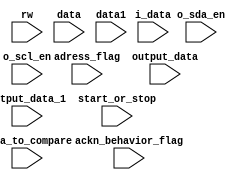

module scoreboard(o_sda_en,o_scl_en,adress_flag,rw,data,data1,output_data,output_data_1,data_to_compare,start_or_stop,i_data,ackn_behavior_flag);
input [2:0] adress_flag;
input [2:0] rw;
input [2:0] ackn_behavior_flag;
input [2:0] start_or_stop;
input [7:0] data;
input [7:0] data1;
input [7:0] output_data;
input [7:0] output_data_1;
input [15:0] data_to_compare;
input [15:0] i_data;
input o_sda_en;
input o_scl_en;

task display;
begin	 
	if (start_or_stop) begin
		if(rw)
			display_rd;
		else if (rw==0)
			display_wr;
		
	end
	
	end
	
endtask	



task display_wr;
begin
		if(adress_flag==0&&rw==0&&data==output_data)
			$display("error in first  data, while adress missmatch %d, %d",data,output_data);
		else if(adress_flag==0&&rw==0&&data!=output_data)
			$display("normal behavior, while adress missmatch %d, %d",data,output_data);
		
			
			
		//writing second part of  data 	
		if(adress_flag==0&&rw==0&&data1==output_data_1)
			$display("error in second  data, while adress missmatch %d, %d",data1,output_data_1);
		else if(adress_flag==0&&rw==0&&data1!=output_data_1)
			$display("normal behavior(second data), while adress missmatch %d, %d",data1,output_data_1);
			
			
			
			if(adress_flag==1&&rw==0&&data==output_data)
			$display("normal behavior, while adress match (first data) %d, %d",data,output_data);
		else if(adress_flag==1&&rw==0&&data!=output_data)
			$display("error adress matching, first data missmatching %d, %d",data,output_data);
		
			
			
		//writing second part of  data 	
		if(adress_flag==1&&rw==0&&data1==output_data_1)
			$display("normal behavior, while adress match (second data) %d, %d",data1,output_data_1);
		else if(adress_flag==1&&rw==0&&data1!=output_data_1)
			$display("error adress matching, second data missmatching %d, %d",data1,output_data_1);
end
endtask

task display_rd;
begin	
			//while adress  match
		//normal acknowledge while reading	
		if (adress_flag==1&&ackn_behavior_flag==1&&rw==1&&data_to_compare==i_data)
			$display("No error in data, while reading data-pack, adress matching,normal acknowledge");
		else if	(adress_flag==1&&ackn_behavior_flag==1&&rw==1&&data_to_compare!=i_data)
			$display("error in data,adress matching, while reading data-pack, normal acknowlege %d, %d",i_data,data_to_compare);
		
		//wrong acknowledge while reading	
		if (adress_flag==1&&ackn_behavior_flag==0&&rw==1&&data_to_compare==i_data)
			$display("adress matching, something wrong with acknowledge behavior of i2c slave,bad acknowledge behavior %d, %d",i_data,data_to_compare);		
		else if	(adress_flag==1&&ackn_behavior_flag==0&&rw==1&&data_to_compare!=i_data)
			$display("adressmatching, normal behavior with bad avknowledge, bad acknowledge behavior %d, %d",i_data,data_to_compare);	
		
			
			//while adress missmatch
		//normal acknowledge while reading
		if (adress_flag==0&&ackn_behavior_flag==1&&rw==1&&data_to_compare==i_data)
			$display("adress missmatching, data matching error in data,while reading,normal acknowledge");
		else if	(adress_flag==0&&ackn_behavior_flag==1&&rw==1&&data_to_compare!=i_data)
			$display("adress missmatching, data missmatching,no error, while reading data-pack, normal acknowledge %d, %d",i_data,data_to_compare);
		
		//wrong acknowledge while reading	
		if (adress_flag==0&&ackn_behavior_flag==0&&rw==1&&data_to_compare==i_data)
			$display("adress missmatching, something wrong with acknowledge behavior of i2c slave %d, %d",i_data,data_to_compare);		
		else if	(adress_flag==0&&ackn_behavior_flag==0&&rw==1&&data_to_compare!=i_data)
			$display("adress missmatching, normal behavior with bad avknowledge %d, %d",i_data,data_to_compare);
		
end
endtask

endmodule